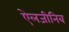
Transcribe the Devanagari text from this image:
ऐलजीनिब